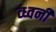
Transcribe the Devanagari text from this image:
व्ध्वनी